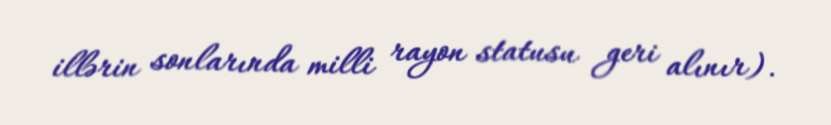
illərin sonlarında milli rayon statusu geri alınır).